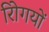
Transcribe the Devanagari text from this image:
रोिगयों